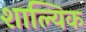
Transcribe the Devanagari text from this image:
शाल्यिक